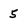
Character: 5